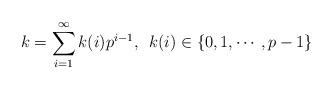
LaTeX: \begin{align*}k = \sum_{i=1}^{\infty} k(i) p^{i-1}, \,\ k(i) \in \{0,1,\cdots,p-1\}\end{align*}